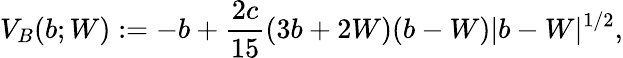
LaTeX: V_{B}(b;W):=-b+\frac{2c}{15}(3b+2W)(b-W)\lvert{b-W}\rvert^{1/2},